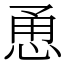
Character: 恿